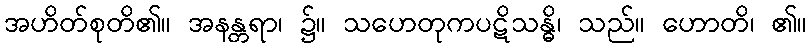
အဟိတ်စုတိ၏။ အနန္တရာ၊ ၌။ သဟေတုကပဋိသန္ဓိ၊ သည်။ ဟောတိ၊ ၏။